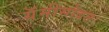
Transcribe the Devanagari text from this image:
ग्रॅमीसोबत